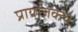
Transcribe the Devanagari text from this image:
प्रायोजक्त्व